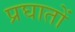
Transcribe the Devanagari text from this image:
प्रघातों